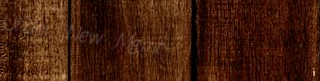
Under New Mgmt